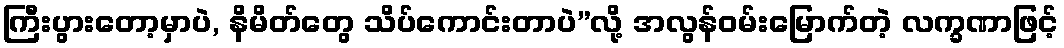
ကြီးပွားတော့မှာပဲ, နိမိတ်တွေ သိပ်ကောင်းတာပဲ”လို့ အလွန်ဝမ်းမြောက်တဲ့ လက္ခဏာဖြင့်